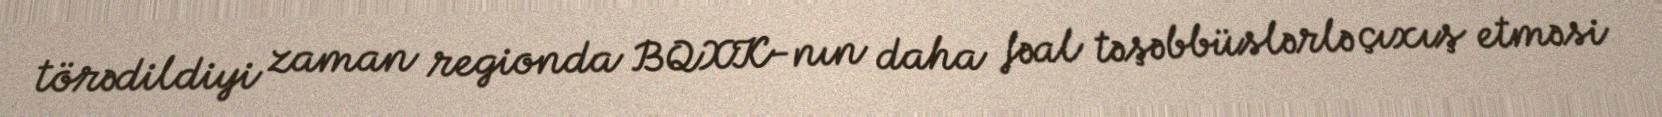
törədildiyi zaman regionda BQXK-nın daha fəal təşəbbüslərlə çıxış etməsi